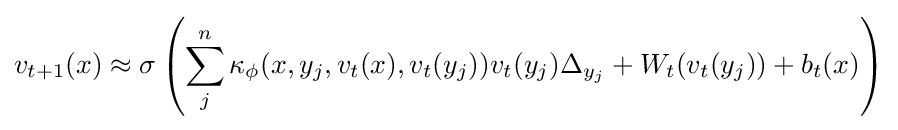
v_{t+1}(x)\approx \sigma \left(\sum _{j}^{n}\kappa _{\phi }(x,y_{j},v_{t}(x),v_{t}(y_{j}))v_{t}(y_{j})\Delta _{y_{j}}+W_{t}(v_{t}(y_{j}))+b_{t}(x)\right)